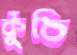
কুঁচি